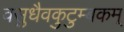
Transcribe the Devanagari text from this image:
वसुधैवकुटुम्बकम्